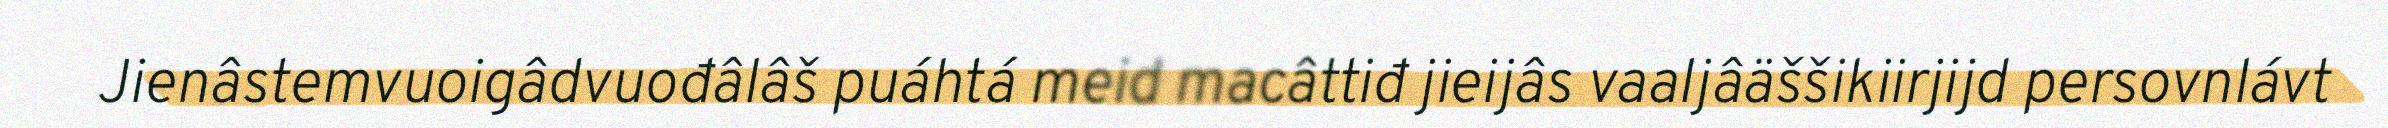
Jienâstemvuoigâdvuođâlâš puáhtá meid macâttiđ jieijâs vaaljâäššikiirjijd persovnlávt